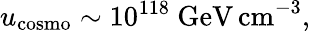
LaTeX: u_{\mathrm{cosmo}}\sim 10^{118}\mathrm{~GeV\, cm}^{-3},